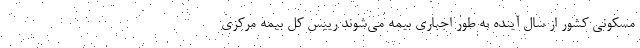
مسکونی کشور از سال آینده به طور اجباری بیمه می‌شوند رییس کل بیمه مرکزی